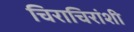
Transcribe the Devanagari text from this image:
चिराचिरांशी